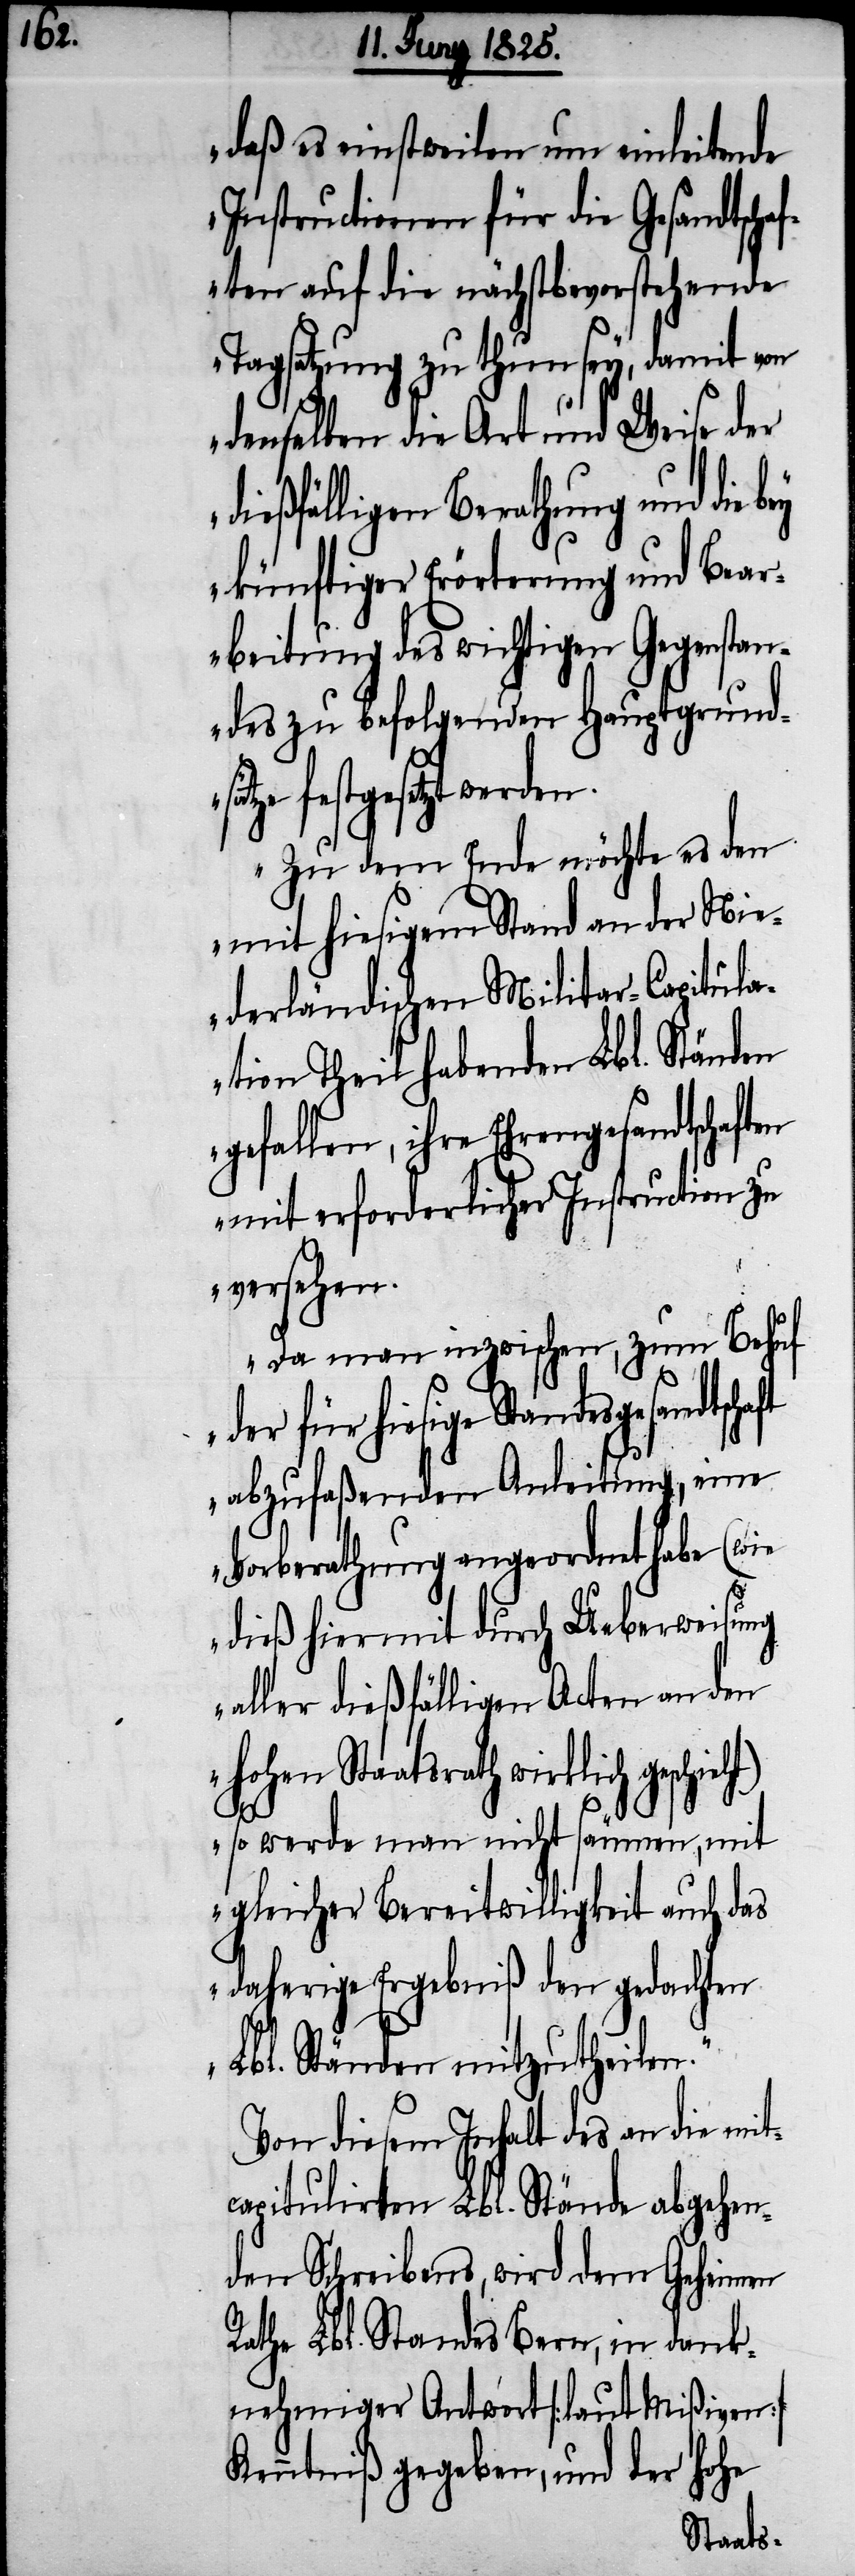
daß es einstweilen um einleitende
Instructionen für die Gesandtsch¬
aften auf die nächstbevorstehende
Tagsatzung zu thun sey, damit von
denselben die Art und Weise der
dießfälligen Berathung und die
künftiger Erörterung und Bear¬
beitung des wichtigen Gegenstan¬
des zu befolgenden Hauptgrund¬
stgesetzt werden.
Zu dem Ende möchte es den
mit hiesigem Stand an der Nie¬
derländischen Militär-Capitula¬
tion Theil habenden Lbl. Ständen
gefallen, ihre Ehrengesandtschaft¬
en mit erforderlicher Instruction zu
versehen.
Da man inzwischen, zum Behuf
ndesgesandtschaft
abzufaßenden Anleitung, eine
Vorberathung angeordnet habe (wie
dieß hiermit durch Ueberweisung
aller dießfälligen Acten an den
hohen Staatsrath wirklich
so werden man nicht säumen, mit
gleicher Bereitwilligkeit auch das
daherige Ergebniß den gedachten
Lbl. Ständen mitzutheilen.“
Von diesem Inhalt des an die mit¬
capitulirten Lbl. Stände abgehen¬
den Schreibens, wird dem Geheimen
[des] Lbl. Standes Bern, in dank¬
nehmiger Antwort [laut Mißiven]
Kenntniß gegeben, und der hohe